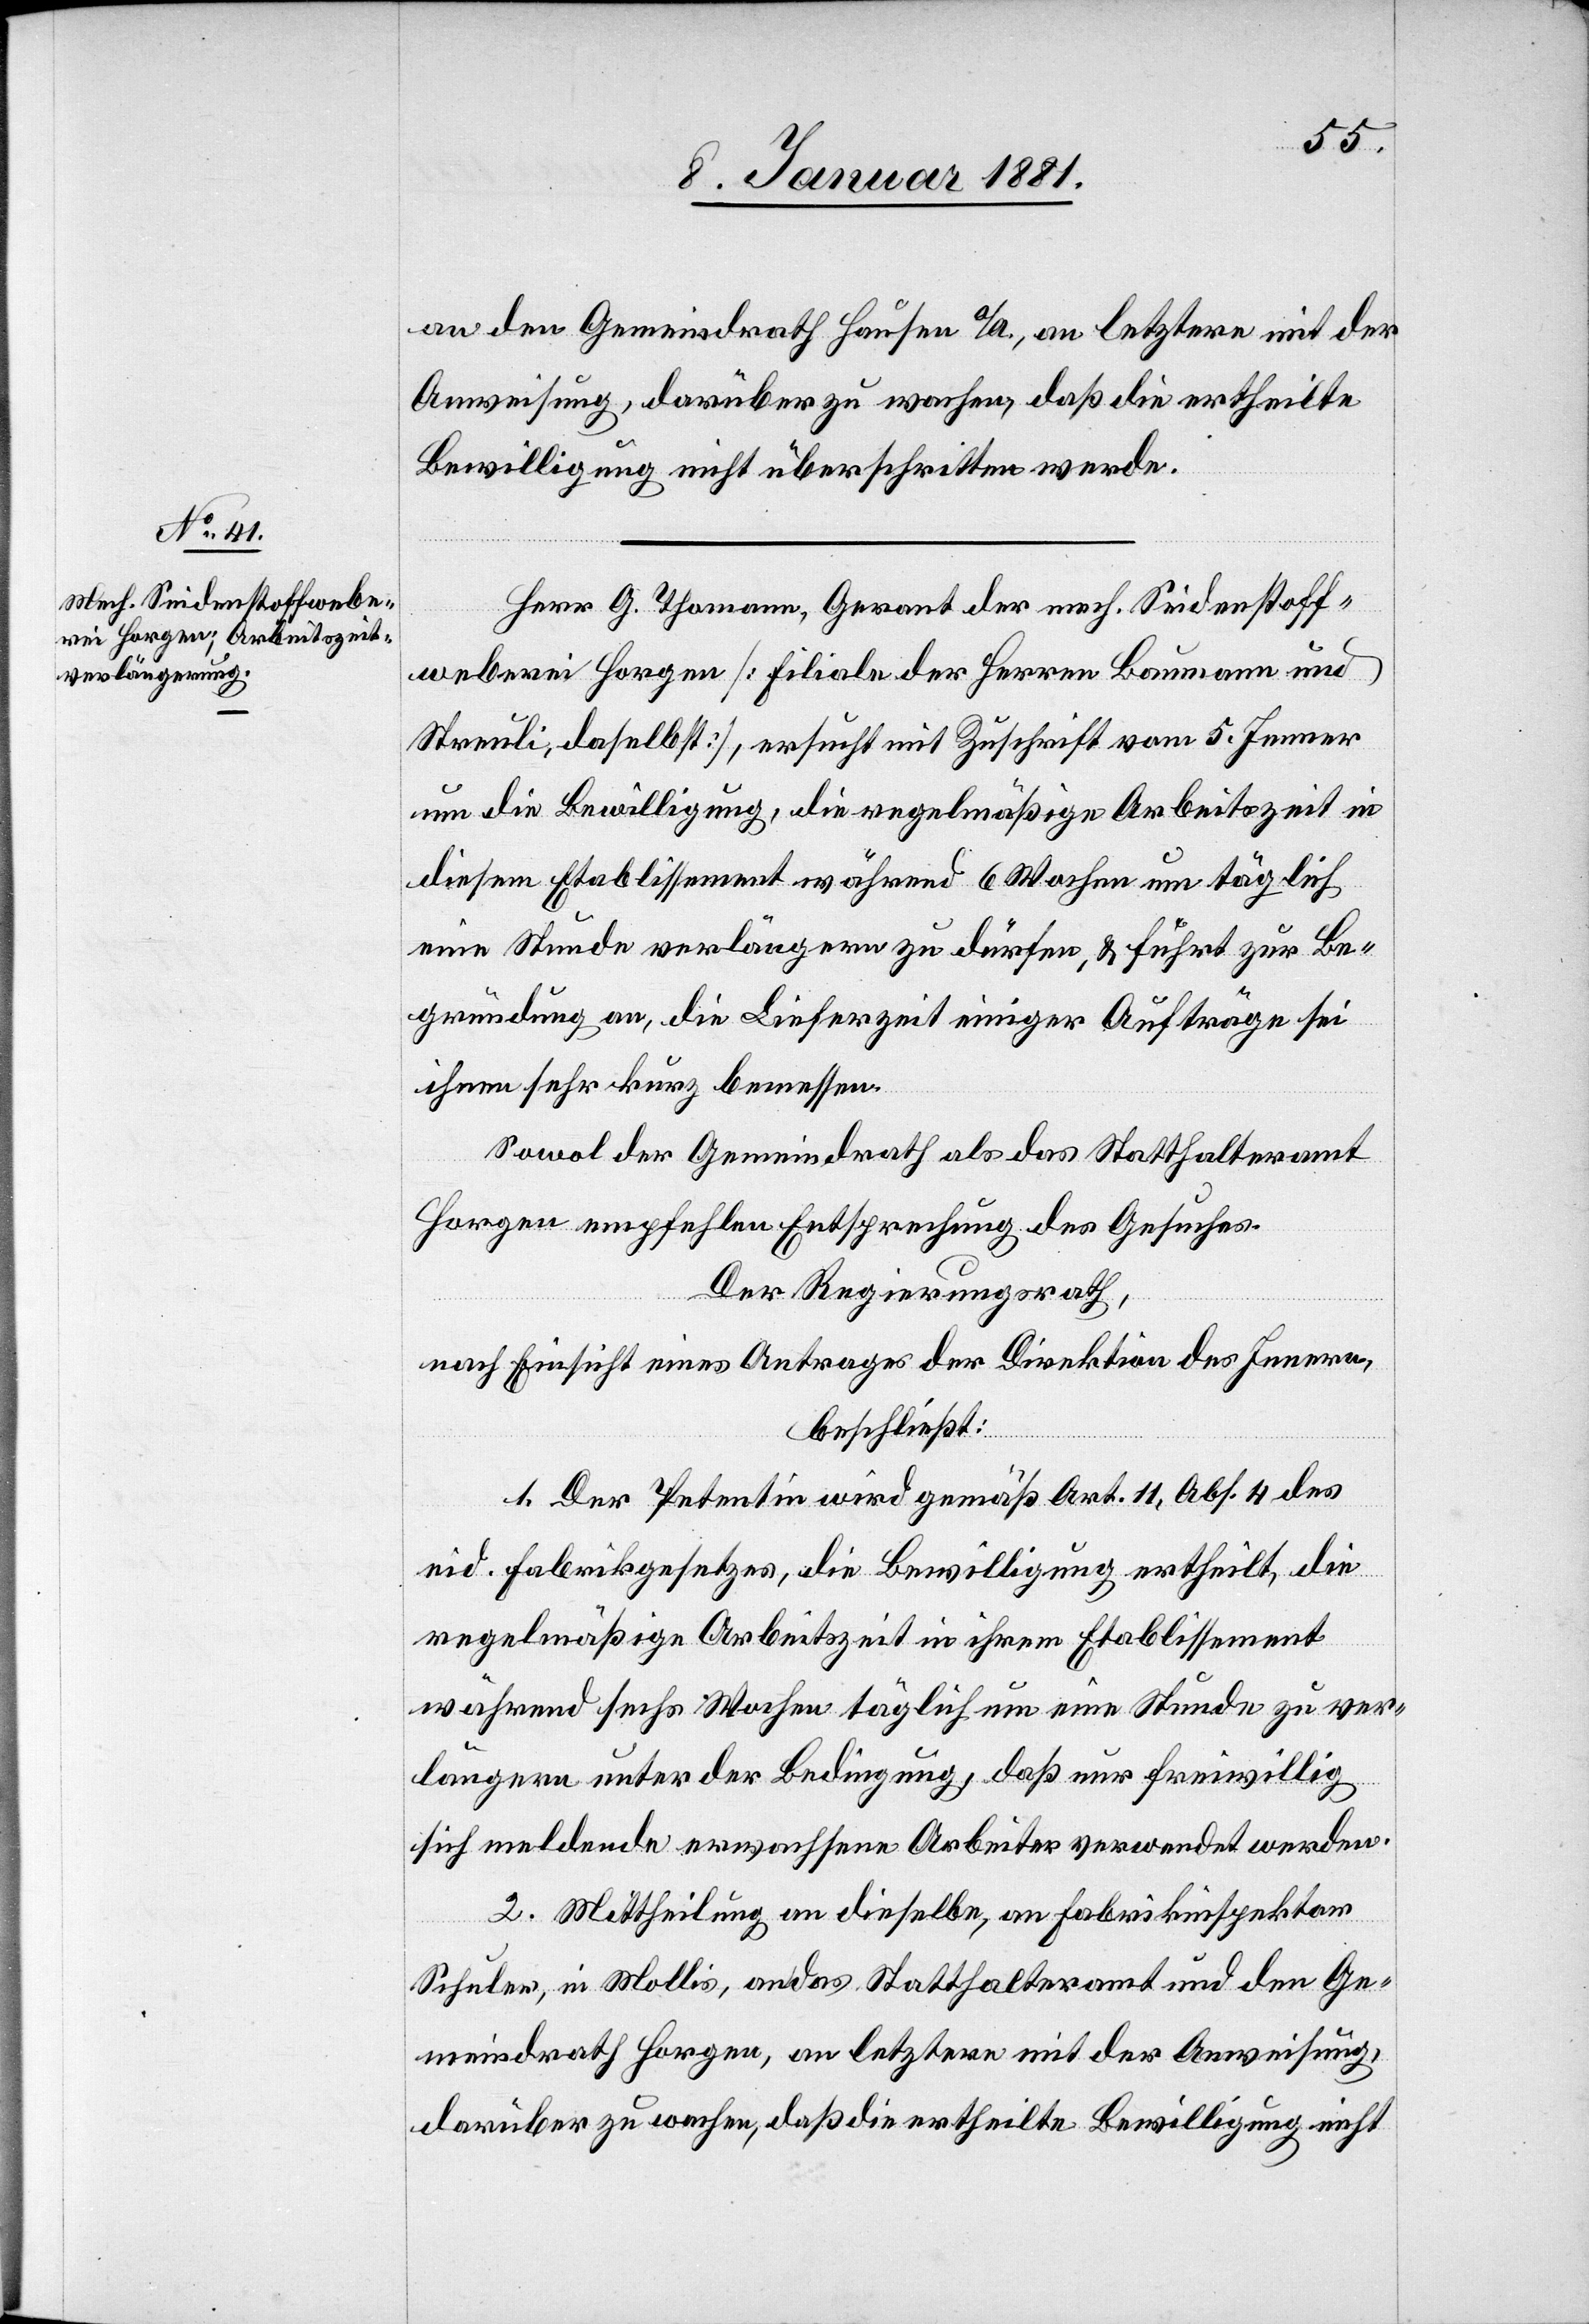
12. Januar 1881.]
an den Gemeindrath Hausen a/A., an letztere mit der
Anweisung, darüber zu wachen, daß die ertheilte
Bewilligung nicht überschritten werde.
Herr G. Thomann, Gerant der mech. Seidenstoff¬
weberei Horgen [Filiale der Herren Baumann und
Streuli, daselbst], ersucht mit Zuschrift vom 5. Jenner
um die Bewilligung, die regelmäßige Arbeitszeit in
diesem Etablissement während 6 Wochen um täglich
eine Stunde verlängern zu dürfen, & führt zur Be¬
gründung an, die Lieferzeit einiger Aufträge sei
ihnen sehr kurz bemessen.
Sowol der Gemeindrath als das Statthalteramt
Horgen empfehlen Entsprechung des Gesuches.
Der Regierungsrath,
nach Einsicht eines Antrages der Direktion des Innern,
beschließt:
1. Der Petentin wird gemäß Art. 11, Abs. 4 des
eid. Fabrikgesetzes, die Bewilligung ertheilt, die
regelmäßige Arbeitszeit in ihrem Etablissement
während sechs Wochen täglich um eine Stunde zu ver¬
längern unter der Bedingung, daß nur freiwillig
sich meldende erwachsene Arbeiter verwendet werden.
2. Mittheilung an dieselbe, an Fabrikinspektor
Schuler, in Mollis, an das Statthalteramt und den Ge¬
meindrath Horgen, an letztere mit der Anweisung,
darüber zu wachen, daß die ertheilte Bewilligung nicht